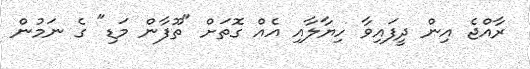
ރާއްޖެ އިން ދީފައިވާ ހިޔާލާއި އެއް ގޮތަށް "ތޫފާން މަޑި" ގެ ނަމުން